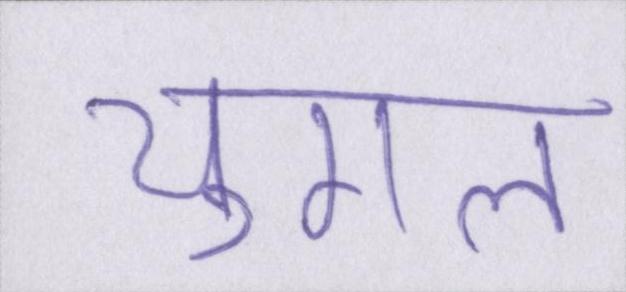
युगल